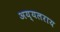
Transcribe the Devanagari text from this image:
अय्यलराय